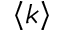
\left< k \right>